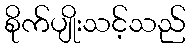
စိုက်ပျိုးသင့်သည်